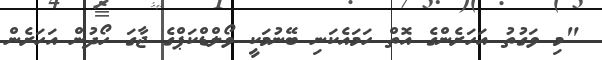
"މި ވަގުތު އަހަރެންގެ އޮތް ހަމައެކަނި ބޭނުމަކީ ވޯލްޑްކަޕްގެ ޖާގަ ހޯދުން އަހަރެން